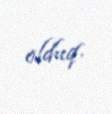
olduq.